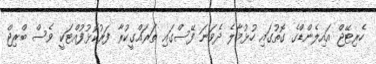
ހެރިޓޭޖް އައިލެންޑްގެ ގޮތުގައި ހުޅުމާލެ ދެވަނަ ފޭސްގައި ތަރައްގީކުރާ ފަރުކޮޅުފުއްޓަކީ ވެސް ބްރިޖް